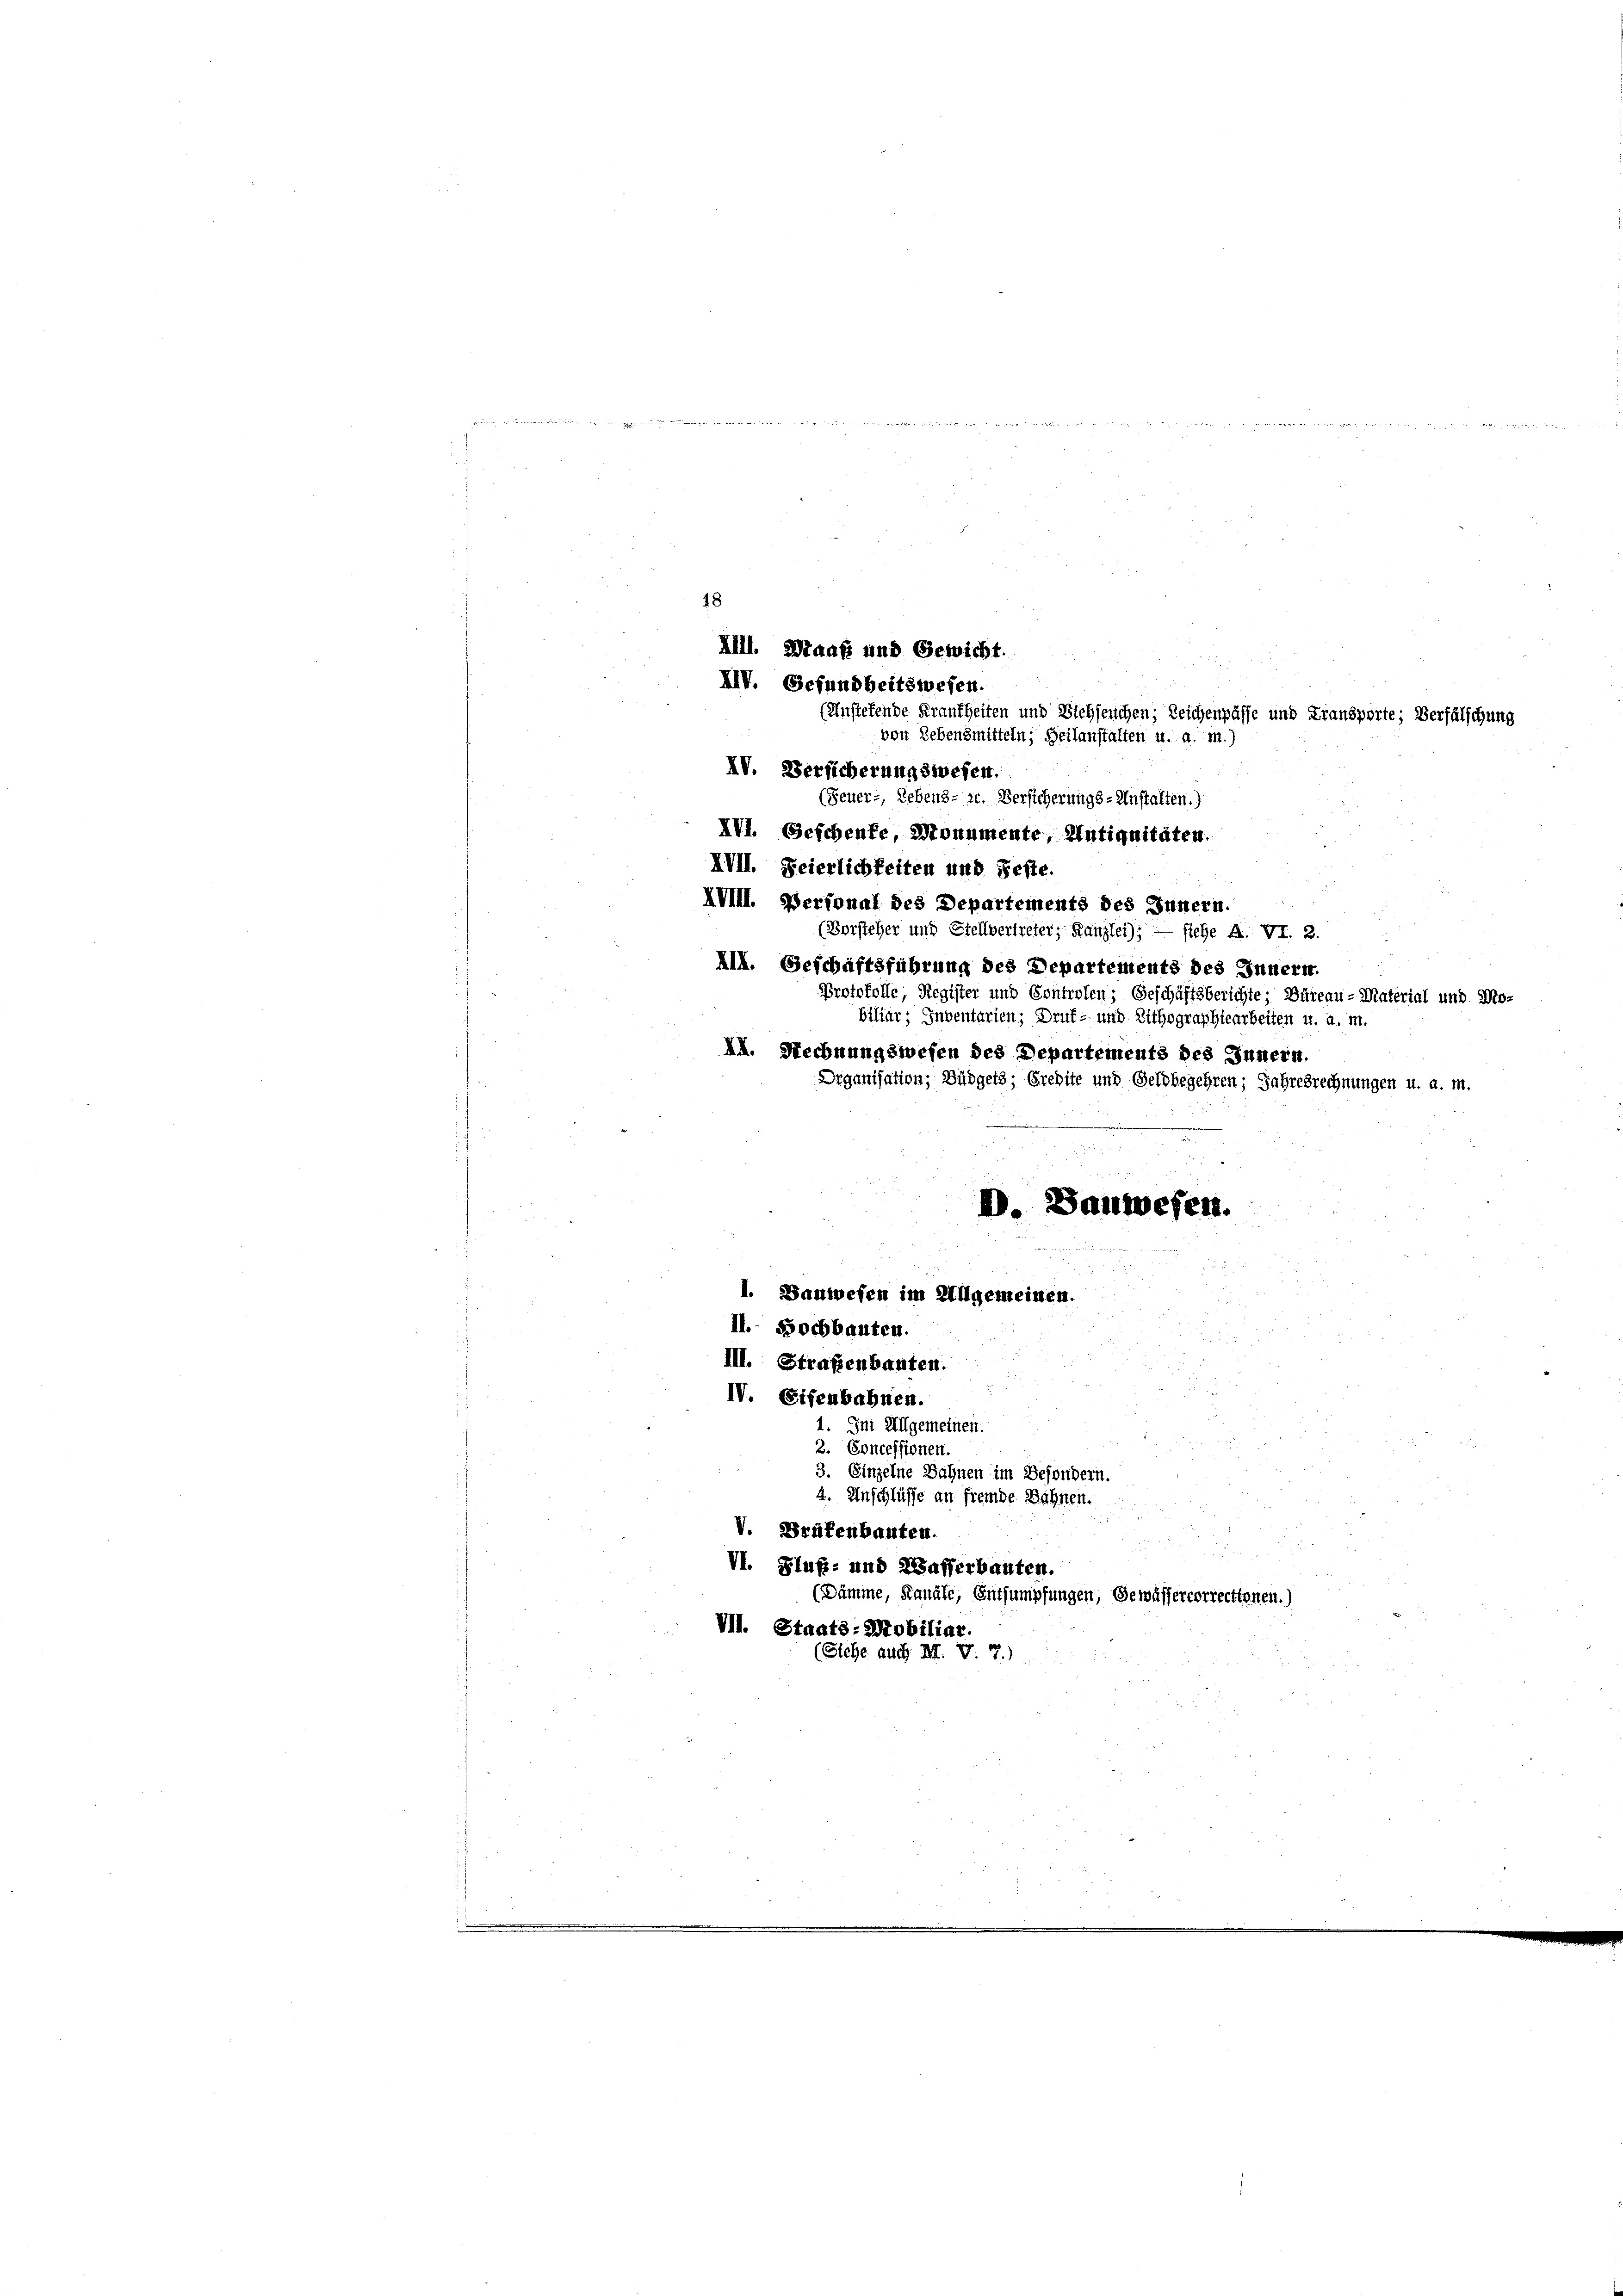
(Anstehende Krankheiten und Siehseuchen; Zeichenpässe und Fransporte; Verfälschung
IV. Versicherungswesen.
(Feuer-, Lebens- zr. Versicherungs-Anstalten.)
XVI. Geschenfe, Monumente, Antiqnitäten.
XVII. Feierlichkeiten und Feste.
XVIII. Personal des Departements des Innern.
(Vorsteher und Stellvertreter, Kanzlei); — siehe A. VI. 2.
III. Geschäftsführung des Departements des Innern.
Protokolle, Register und Controlen; Geschäftsberichte: Büreau-Material und Mo-
biliar; Inventarien; Druf- und Lithographiearbeiten u. a. m.
II. Rechnungswesen des Departements des Innern,
Drganisation, Büdgets; Credite und Geldbegehren; Jahresrechnungen u. a. m.
D. Bauwesen.

48
XIII. Maaß und Gewicht.
XIV. Gefundheitswesen.
von Lebensmitteln; Beilanstalten u. a. m.)

u
I. Bauwesen im Allgemeinen.
II. Bochbauten.

III. Straßenbauten.
IV. Eisenbahnen.
1. Im Allgemeinen.
2. Concessionen.
3. Einzelne Bahnen im Besondern.
4. Anschlüsse an fremde Bahnen.
V. Brükenbauten.
VI. Fluß- und Wasserbauten.

(Dämme, Kanäle, Entsumpfungen, Gewässercorrectionen.)
VII. Staats: Mobiliar.
(Siehe auch M. V. 7)

het hat